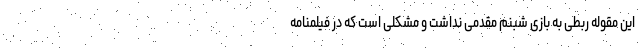
این مقوله ربطی به بازی شبنم مقدمی نداشت و مشکلی است که در فیلمنامه